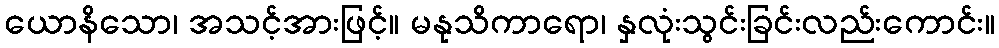
ယောနိသော၊ အသင့်အားဖြင့်။ မနုသိကာရော၊ နှလုံးသွင်းခြင်းလည်းကောင်း။